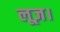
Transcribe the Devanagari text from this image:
लूज़।